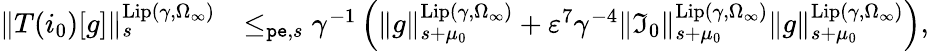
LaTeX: \begin{array}{rl}{\rVert T(i_{0})[g]\rVert_{s}^{\mathrm{Lip}(\gamma,\Omega_{\infty})}}&{\le_{\mathtt{pe},s}\gamma^{-1}\left(\rVert g\rVert_{s+\mu_{0}}^{\mathrm{Lip}(\gamma,\Omega_{\infty})}+\varepsilon^{7}\gamma^{-4}\rVert\mathfrak{I}_{0}\rVert_{s+\mu_{0}}^{\mathrm{Lip}(\gamma,\Omega_{\infty})}\rVert g\rVert_{s+\mu_{0}}^{\mathrm{Lip}(\gamma,\Omega_{\infty})}\right),}\end{array}